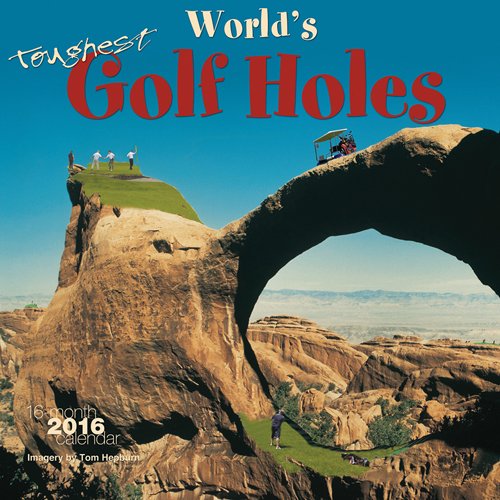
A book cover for World's Toughest Golf Holes 2016 Square 12x12 Wyman (Multilingual Edition); Browntrout Publishers; Calendars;